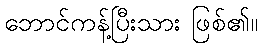
ဘောင်ကန့်ပြီးသား ဖြစ်၏။